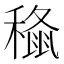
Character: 𮃞